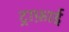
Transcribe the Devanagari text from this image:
ट्राफ़ाई